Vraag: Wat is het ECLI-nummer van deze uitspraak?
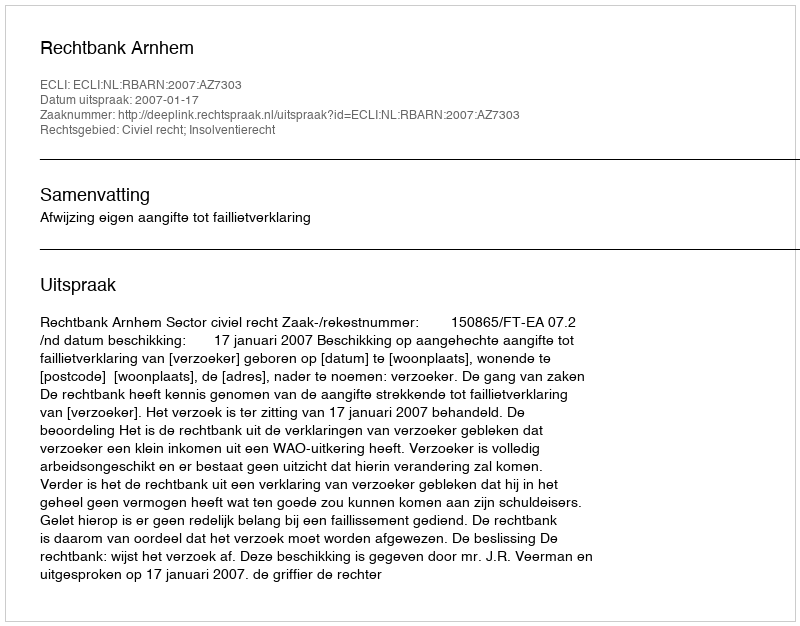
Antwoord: ECLI:NL:RBARN:2007:AZ7303